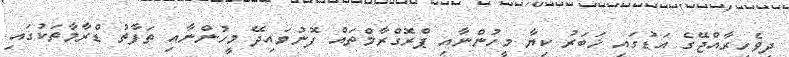
ދިވެހިރާއްޖޭގެ އަޑުގައި ޚަބަރު ކިޔާ މީހުންނާއި ޕްރޮގްރާމްތައް ފޮނުވައިދޭ މީހުންނާއި ތަފާތު ޑްރާމާތަކުގައި